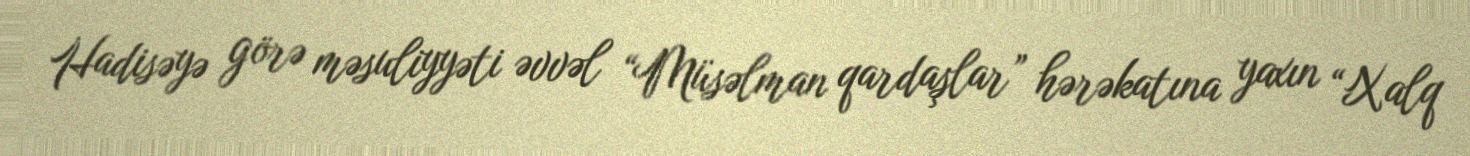
Hadisəyə görə məsuliyyəti əvvəl “Müsəlman qardaşlar” hərəkatına yaxın “Xalq